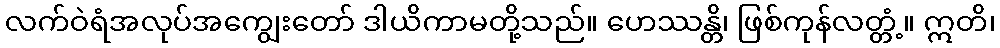
လက်ဝဲရံအလုပ်အကျွေးတော် ဒါယိကာမတို့သည်။ ဟေဿန္တိ၊ ဖြစ်ကုန်လတ္တံ့။ ဣတိ၊